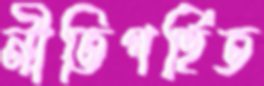
নীতিগর্হিত